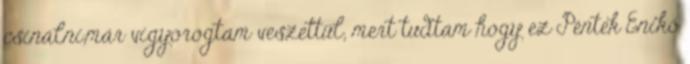
csinálni,már vigyorogtam veszettül, mert tudtam hogy ez Péntek Enikő